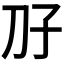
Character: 𫥱